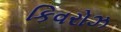
કિવરોઝ